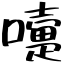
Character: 嚏